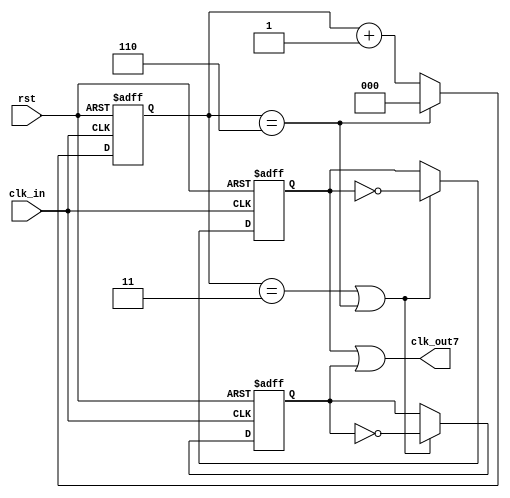
`timescale 1ns/1ns

module odo_div_or
   (
    input    wire  rst ,
    input    wire  clk_in,
    output   wire  clk_out7
    );

//*************code***********//
reg [2:0] cnt;
reg clk_pos,clk_neg;

always @(posedge clk_in or negedge rst)
begin
if(!rst)
cnt<=0;
else if(cnt==6)
cnt<=0;
else
cnt<=cnt+1;
end

always @(posedge clk_in or negedge rst)
begin
if(!rst)
clk_pos<=0;
else if(cnt==3||cnt==6)
clk_pos<=!clk_pos;
end

always @(negedge clk_in or negedge rst)
begin
if(!rst)
clk_neg<=0;
else if(cnt==3||cnt==6)
clk_neg<=!clk_neg;
end

assign clk_out7=clk_pos||clk_neg;
//*************code***********//
endmodule